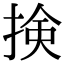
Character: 𢮦